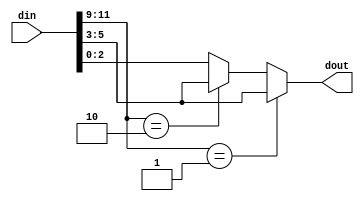
`timescale 1ns / 1ps
//////////////////////////////////////////////////////////////////////////////////
// Create directive in Verilog 
// By: Nima Omidsajedi
// Multiplexer implementation
//////////////////////////////////////////////////////////////////////////////////


module test_1(
input [11:0] din,  // din[5:4] din[3:2] din[1:0]
output reg [2:0] dout
    );

`define sel din[11:9]
`define in1 din[8:6]
`define in2 din[5:3]
`define in3 din[2:0]

always@(*)

begin
if (`sel == 3'b001)  // If no prefix given, number is assumed to be 32 bits therefore here it is determined 3bit length
dout = `in2;
else if (`sel == 3'b010)
dout = `in2;
else
dout = `in3;
end

endmodule